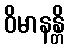
ဝိမာနန္တိ